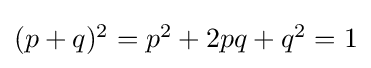
{\textstyle (p+q)^{2}=p^{2}+2pq+q^{2}=1}